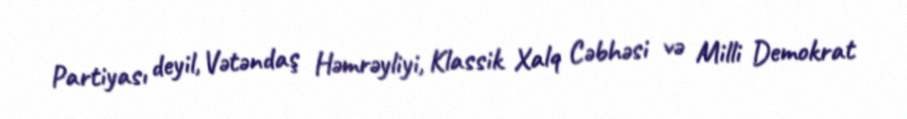
Partiyası deyil, Vətəndaş Həmrəyliyi, Klassik Xalq Cəbhəsi və Milli Demokrat